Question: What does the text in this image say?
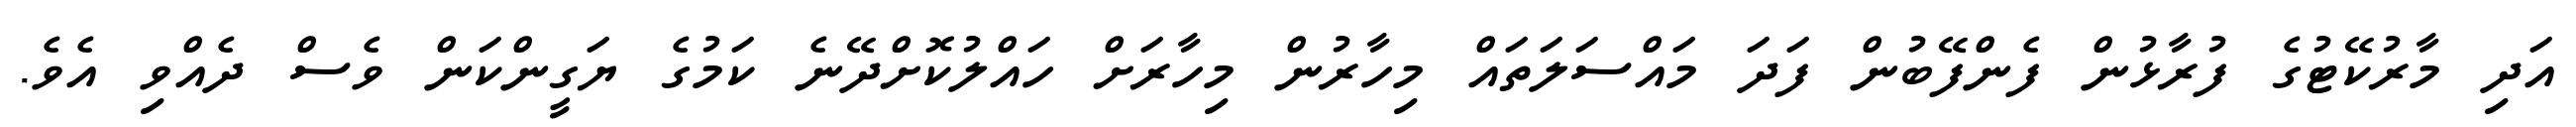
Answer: އަދި މާރުކޭޓުގެ ފުރާޅުން ފެންފޭބުން ފަދަ މައްސަލަތައް މިހާރުން މިހާރަށް ހައްލުކޮށްދޭނެ ކަމުގެ ޔަގީންކަން ވެސް ދެއްވި އެވެ.